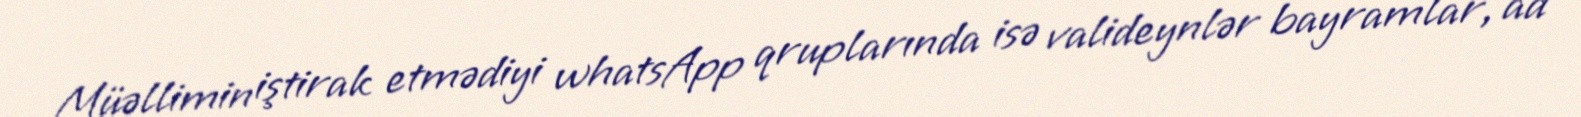
Müəllimin iştirak etmədiyi whatsApp qruplarında isə valideynlər bayramlar, ad